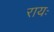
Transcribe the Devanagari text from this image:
रायः